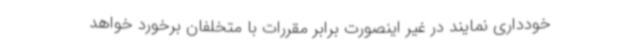
خودداری نمایند در غیر اینصورت برابر مقررات با متخلفان برخورد خواهد